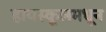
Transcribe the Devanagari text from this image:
हायस्‍कूलमधून